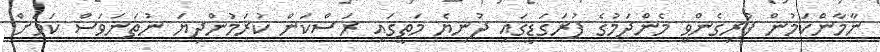
ނާމާންކަމުން ފުރިގެންވީ މެންދަމުގެ ފުރަގަޑީގައި ދުނިޔެ މަތީގައި ރަސްކަން ކުރަމުންދިޔަ ނުތަނަވަސް ކަމަށް